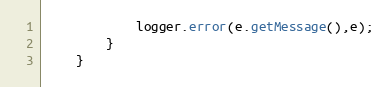
Language: Java
			logger.error(e.getMessage(),e);
		}
	}